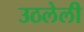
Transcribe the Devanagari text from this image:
उठलेली